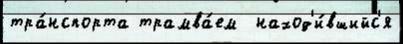
тра́нспорта трамва́ем  наход'и́вшийс'я